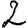
Digit: 2